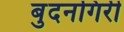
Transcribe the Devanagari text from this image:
बुदनगिरी